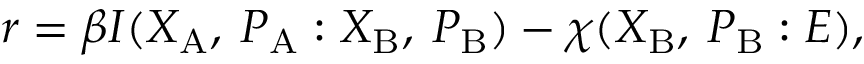
\begin{array} { r } { r = \beta I ( X _ { \mathrm { A } } , \: P _ { \mathrm { A } } : X _ { \mathrm { B } } , \: P _ { \mathrm { B } } ) - \chi ( X _ { \mathrm { B } } , \: P _ { \mathrm { B } } : E ) , } \end{array}